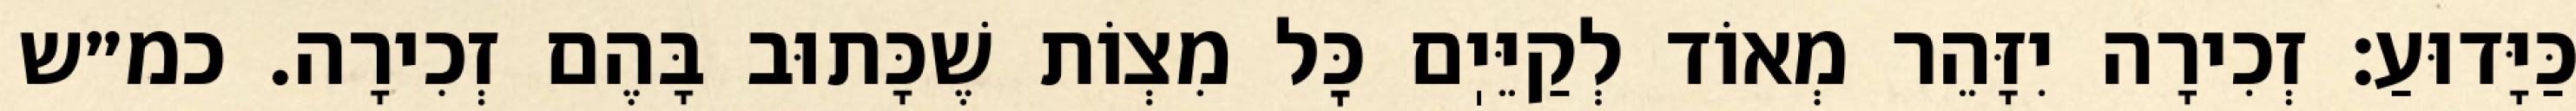
כַּיָּדוּעַ: זְכִירָה יִזָּהֵר מְאוֹד לְקַיֵּיֽם כׇּל מִצְוֹת שֶׁכָּתוּב בָּהֶם זְכִירָה. כמ״ש